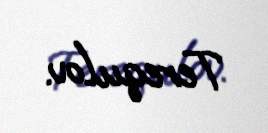
Terequlov.